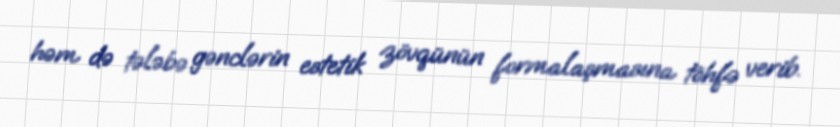
həm də tələbə gənclərin estetik zövqünün formalaşmasına töhfə verib.